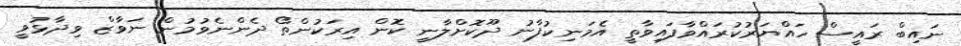
ނައިބް ރައީސް ހައްޔަރުކުރައްވާފައިވާތީ އެމަނިކުފާނު ދޫކޮށްލާނީ ކޮން އިރަކުންތޯ ދެންނެވުމުން ނަވާޒް ވިދާޅުވީ